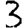
Digit: 3